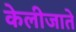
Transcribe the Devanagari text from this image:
केलीजाते